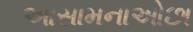
આસામનાઓછા